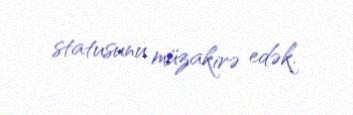
statusunu müzakirə edək.